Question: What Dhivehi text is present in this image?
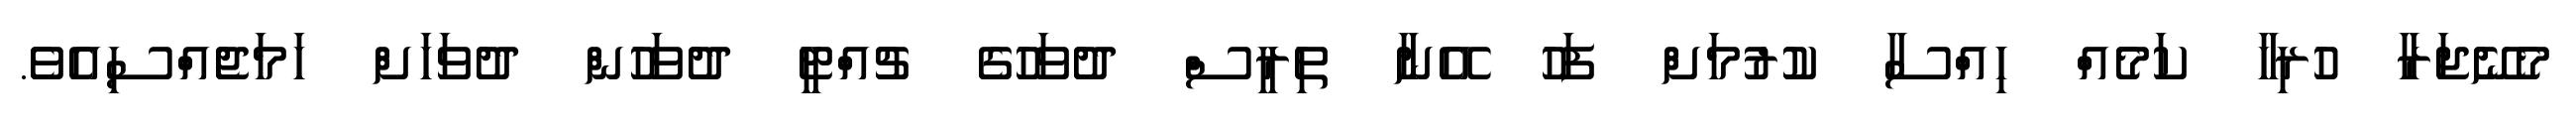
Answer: މެނޭޖަރާ ހުރިހާ ކަމެއް ހިއްސާ ކުރުމަށް ފަހު އޭނާ ތިރީސް ދުވަހުގެ ޗުއްޓީ ދުވަހުން ދުވަހަށް ހަމަޖެއްސިއެވެ.